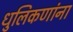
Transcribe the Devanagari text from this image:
धुलिकणांना